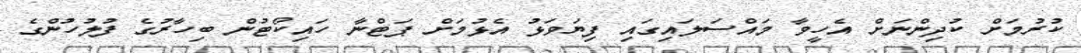
ކުރުމަށް ކުދިންނަށް އެހީވާ މައްސަލައިގައި ފިޔަވަޅު އެޅުމަށް ޕަޓްނާ ހައިކޯޓުން ބިހާރުގެ ފުލުހުންގެ